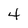
Character: 4